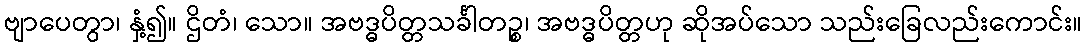
ဗျာပေတွာ၊ နှံ့၍။ ဌိတံ၊ သော။ အဗဒ္ဓပိတ္တသင်္ခါတဉ္စ၊ အဗဒ္ဓပိတ္တဟု ဆိုအပ်သော သည်းခြေလည်းကောင်း။